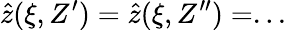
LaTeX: \hat{z}(\xi,Z^{\prime})=\hat{z}(\xi,Z^{\prime\prime})=...